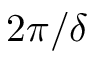
2 \pi / \delta